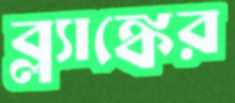
ব্ল্যাঙ্কের